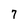
Character: 7